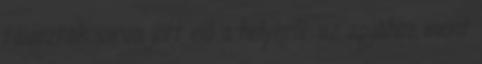
távoztak sírva jött elő a helyéről. az apjához ment